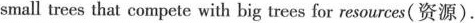
small trees that compete with big trees for resources(资源).